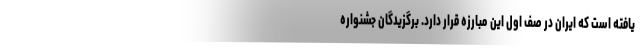
یافته است که ایران در صف اول این مبارزه قرار دارد. برگزیدگان جشنواره